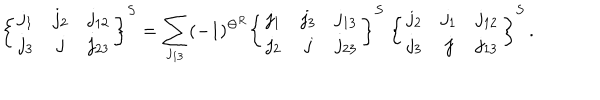
\left\{ \begin{array} { c c c } { { j _ { 1 } } } & { { j _ { 2 } } } & { { j _ { 1 2 } } } \\ { { j _ { 3 } } } & { { j } } & { { j _ { 2 3 } } } \\ \end{array} \right\} ^ { S } = \sum _ { j _ { 1 3 } } ( - 1 ) ^ { \Theta ^ { R } } \left\{ \begin{array} { c c c } { { j _ { 1 } } } & { { j _ { 3 } } } & { { j _ { 1 3 } } } \\ { { j _ { 2 } } } & { { j } } & { { j _ { 2 3 } } } \\ \end{array} \right\} ^ { S } ~ \left\{ \begin{array} { c c c } { { j _ { 2 } } } & { { j _ { 1 } } } & { { j _ { 1 2 } } } \\ { { j _ { 3 } } } & { { j } } & { { j _ { 1 3 } } } \\ \end{array} \right\} ^ { S } \, .